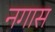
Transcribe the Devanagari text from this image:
नगास